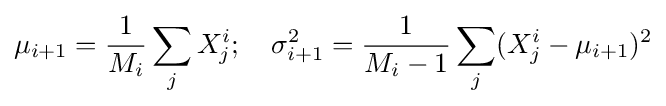
\mu _{i+1}={\frac {1}{M_{i}}}\sum _{j}X_{j}^{i};\quad \sigma _{i+1}^{2}={\frac {1}{M_{i}-1}}\sum _{j}(X_{j}^{i}-\mu _{i+1})^{2}